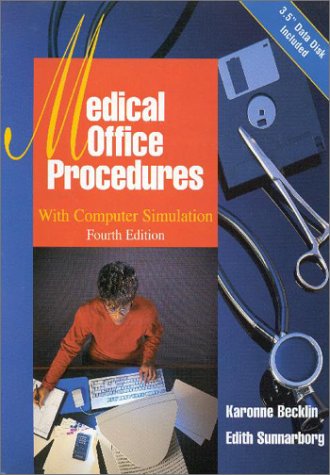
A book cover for Medical Office Procedures; Karonne Becklin; Medical Books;